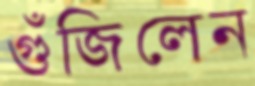
গুঁজিলেন